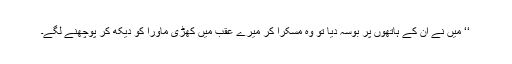
‘‘ میں نے ان کے ہاتھوں پر بوسہ دیا تو وہ مسکرا کر میرے عقب میں کھڑی ماورا کو دیکھ کر پوچھنے لگے۔